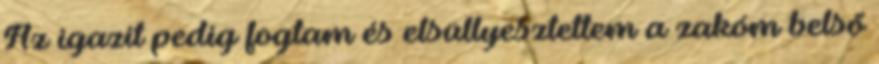
Az igazit pedig fogtam és elsüllyesztettem a zakóm belső